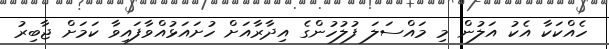
ހެއްކަކާ އެކު އަލުން މި މައްސަލަ ފުލުހުންގެ އިދާރާއަށް ހުށައަޅުއްވާފައިވާ ކަމަށް ޖާބިރު